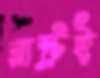
রাষ্ট্রই